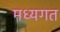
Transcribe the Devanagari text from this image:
मध्यगत